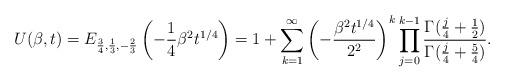
LaTeX: \begin{align*}U(\beta,t) = E_{\frac{3}{4}, \frac{1}{3}, -\frac{2}{3}} \left(-\frac{1}{4}\beta^2 t^{1/4}\right) = 1+\sum_{k=1}^{\infty}\left(-\frac{\beta^2t^{1/4}}{2^2}\right)^k\prod_{j=0}^{k-1}\frac{\Gamma(\frac{j}{4}+\frac{1}{2})}{\Gamma(\frac{j}{4}+\frac{5}{4})}.\end{align*}